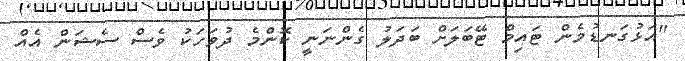
"އަޅުގަނޑުމެން ޓައިމް ޓޭބަލަށް ބަދަލު ގެންނަނީ ކޮންމެ ދުވަހަކު ވެސް ސެޝަން އެއް